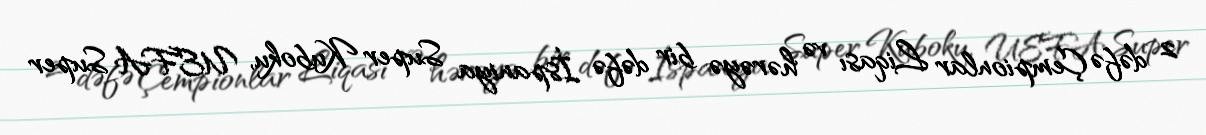
2 dəfə Çempionlar Liqası və hərəyə bir dəfə İspaniya Super Kuboku, UEFA Super